Indian journal of veterinary science and animal husbandry - Volumes 15-17, 1948-1951
Year: 1948
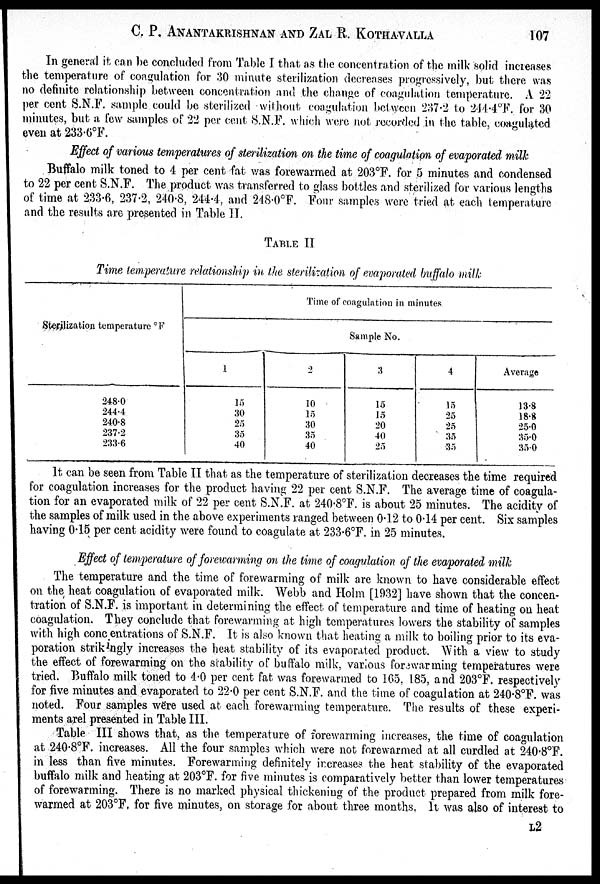
C. P. ANANTAKRISHNAN AND ZAL R. KOTHAVALLA 107
In general it can be concluded from Table I that as the concentration of the milk solid increases
the temperature of coagulation for 30 minute sterilization decreases progressively, but there was
no definite relationship between concentration and the change of coagulation temperature. A 22
per cent S.N.F. sample could be sterilized without coagulation between 237.2 to 244.4°F. for 30
minutes, but a few samples of 22 per cent S.N.F. which were not recorded in the table, coagulated
even at 233.6°F.
Effect of various temperatures of sterilization on the time of coagulation of evaporated milk
Buffalo milk toned to 4 per cent fat was forewarmed at 203°F. for 5 minutes and condensed
to 22 per cent S.N.F. The product was transferred to glass bottles and sterilized for various lengths
of time at 233.6, 237.2, 240.8, 244.4, and 248.0°F. Four samples were tried at each temperature
and the results are presented in Table II.
TABLE II
Time temperature relationship in the sterilization of evaporated buffalo milk
Sterilization temperature °F
248.0
244.4
240.8
237.2
233.6
Time of coagulation in minutes
Sample No.
1
15
30
25
35
40
2
10
15
30
35
40
3
15
15
20
40
25
4
15
25
25
35
35
Average
13.8
18.8
25.0
35.0
35.0
It can be seen from Table II that as the temperature of sterilization decreases the time required
for coagulation increases for the product having 22 per cent S.N.F. The average time of coagula-
tion for an evaporated milk of 22 per cent S.N.F. at 240.8°F. is about 25 minutes. The acidity of
the samples of milk used in the above experiments ranged between 0.12 to 0.14 per cent. Six samples
having 0.15 per cent acidity were found to coagulate at 233.6°F. in 25 minutes.
Effect of temperature of forewarming on the time of coagulation of the evaporated milk
The temperature and the time of forewarming of milk are known to have considerable effect
on the heat coagulation of evaporated milk. Webb and Holm [1932] have shown that the concen-
tration of S.N.F. is important in determining the effect of temperature and time of heating on heat
coagulation. They conclude that forewarming at high temperatures lowers the stability of samples
with high concentrations of S.N.F. It is also known that heating a milk to boiling prior to its eva-
poration strikingly increases the heat stability of its evaporated product. With a view to study
the effect of forewarming on the stability of buffalo milk, various forewarming temperatures were
tried. Buffalo milk toned to 4.0 per cent fat was forewarmed to 105, 185, and 203°F. respectively
for five minutes and evaporated to 22.0 per cent S.N.F. and the time of coagulation at 240.8°F. was
noted. Four samples were used at each forewarming temperature. The results of these experi-
ments arel presented in Table III.
Table III shows that, as the temperature of forewarming increases, the time of coagulation
at 240.8°F. increases. All the four samples which were not forewarmed at all curdled at 240.8°F.
in less than five minutes. Forewarming definitely increases the heat stability of the evaporated
buffalo milk and heating at 203°F. for five minutes is comparatively better than lower temperatures
of forewarming. There is no marked physical thickening of the product prepared from milk fore-
warmed at 203°F. for five minutes, on storage for about three months. It was also of interest to
L2